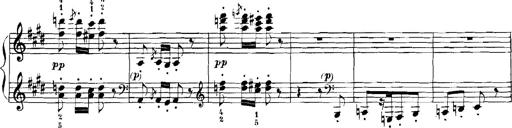
Title: Rhapsodies hongroises
Composer: Franz Liszt